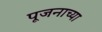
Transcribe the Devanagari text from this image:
पूजनाच्या